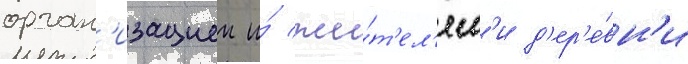
орган'изациеи и́ жи́т'ел'ям'и д'ер'е́вн'и